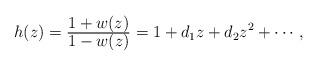
LaTeX: \begin{align*}h(z)=\tfrac{\displaystyle 1+w(z)}{\displaystyle 1-w(z)}=1+d_1z+d_2z^2+\cdots,\end{align*}